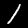
Label: 1